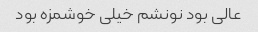
عالی بود نونشم خیلی خوشمزه بود